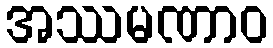
အဿမဏာဝ